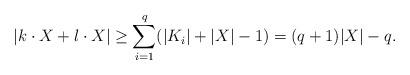
LaTeX: \begin{align*}|k \cdot X + l \cdot X| \ge \sum_{i=1}^q (|K_i| + |X| - 1) = (q+1)|X| - q.\end{align*}